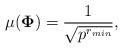
LaTeX: \begin{align*}\mu(\mathbf{\Phi}) = \frac{1}{\sqrt{p^{r_{min}}}},\end{align*}